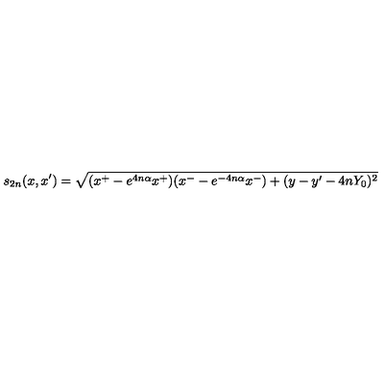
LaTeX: s _ { 2 n } ( x , x ^ { \prime } ) = \sqrt { ( x ^ { + } - e ^ { 4 n \alpha } x ^ { + } ) ( x ^ { - } - e ^ { - 4 n \alpha } x ^ { - } ) + ( y - y ^ { \prime } - 4 n Y _ { 0 } ) ^ { 2 } }